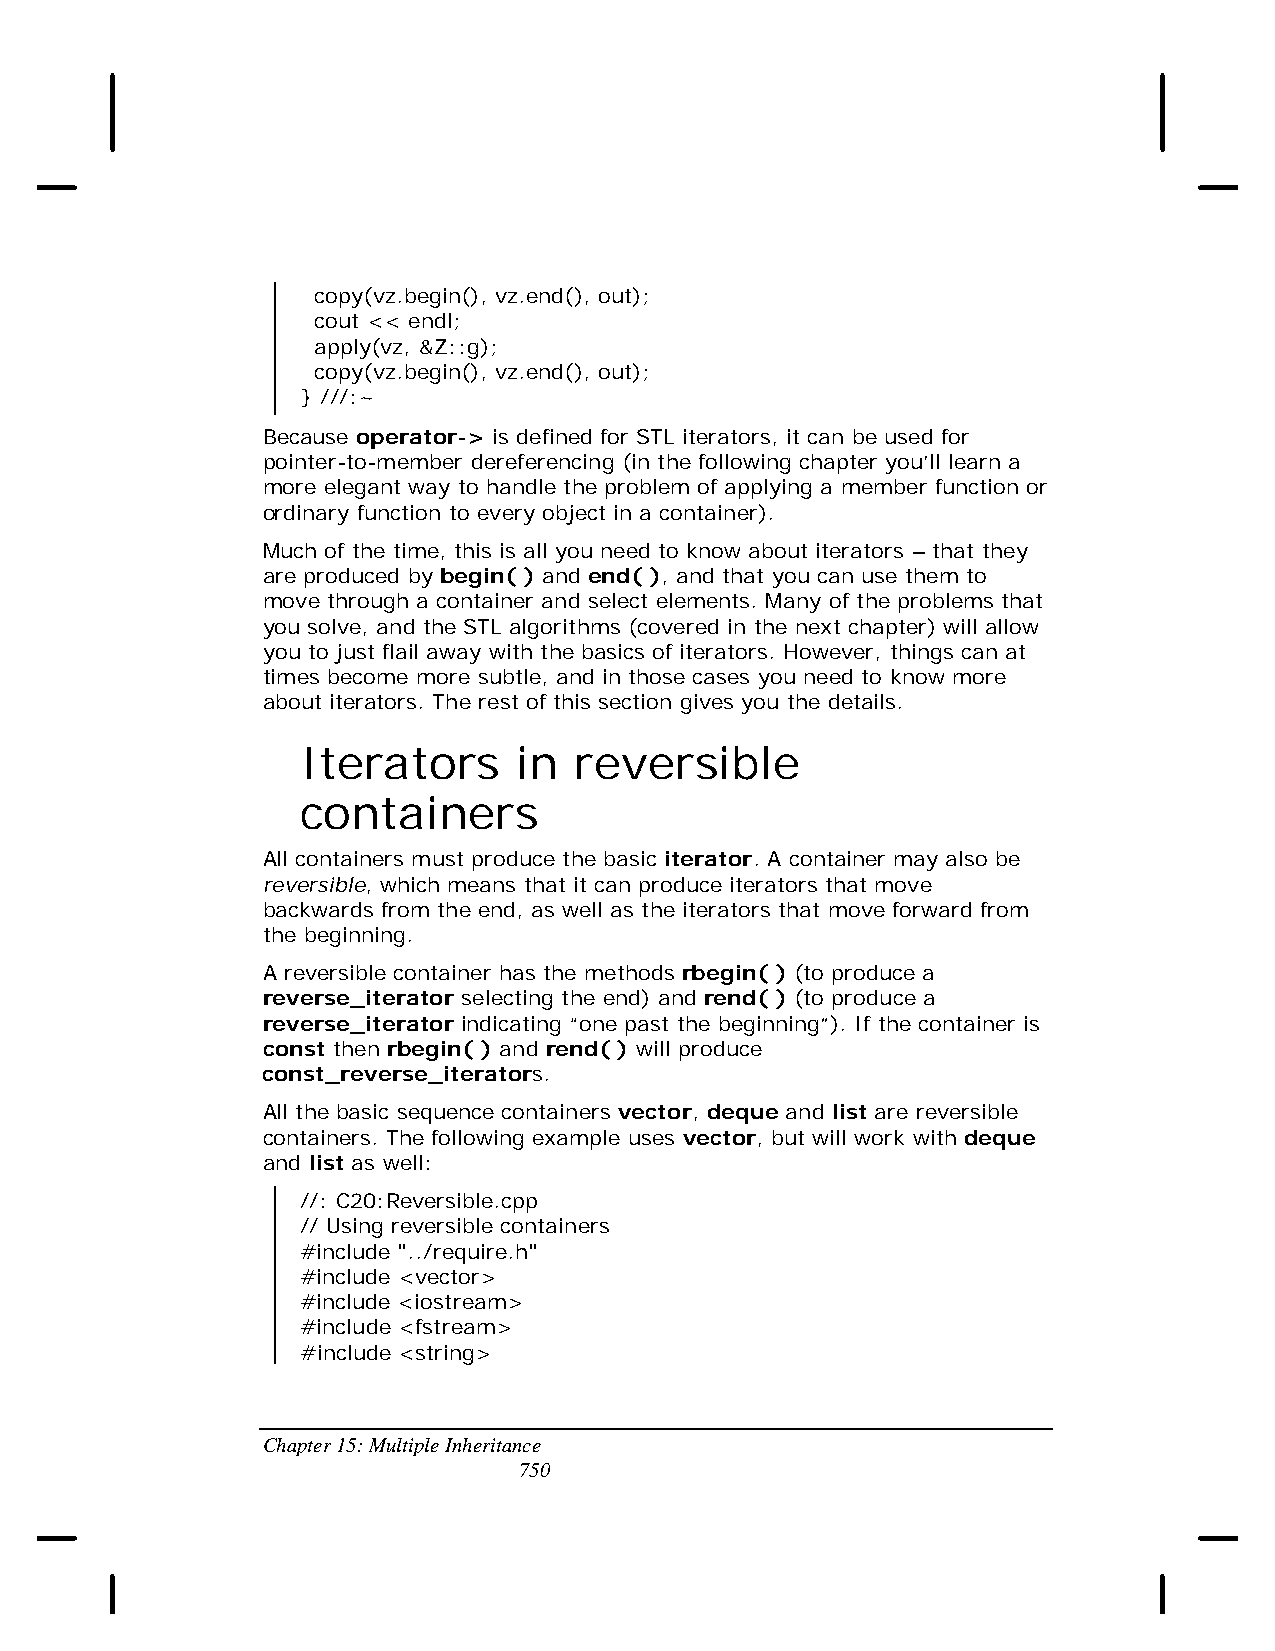
copy(vz.begin(), vz.end(), out);
 cout << endl;
 apply(vz, &Z::g);
 copy(vz.begin(), vz.end(), out);
 } ///:~
 Because operator-> is defined for STL iterators, it can be used for
 pointer-to-member dereferencing (in the following chapter you’ll learn a
 more elegant way to handle the problem of applying a member function or
 ordinary function to every object in a container).
 Much of the time, this is all you need to know about iterators – that they
 are produced by begin( ) and end( ), and that you can use them to
 move through a container and select elements. Many of the problems that
 you solve, and the STL algorithms (covered in the next chapter) will allow
 you to just flail away with the basics of iterators. However, things can at
 times become more subtle, and in those cases you need to know more
 about iterators. The rest of this section gives you the details.
 Iterators     in  reversible
 containers
 All containers must produce the basic iterator. A container may also be
 reversible, which means that it can produce iterators that move
 backwards from the end, as well as the iterators that move forward from
 the beginning.
 A reversible container has the methods rbegin( ) (to produce a
 reverse_iterator selecting the end) and rend( ) (to produce a
 reverse_iterator indicating “one past the beginning”). If the container is
 const then rbegin( ) and rend( ) will produce
 const_reverse_iterators.
 All the basic sequence containers vector, deque and list are reversible
 containers. The following example uses vector, but will work with deque
 and list as well:
 //: C20:Reversible.cpp
 // Using reversible containers
 #include "../require.h"
 #include <vector>
 #include <iostream>
 #include <fstream>
 #include <string>
 Chapter 15: Multiple Inheritance
 750